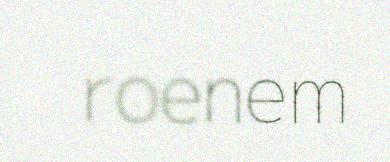
roenem